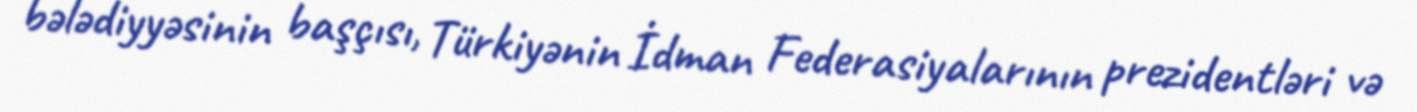
bələdiyyəsinin başçısı, Türkiyənin İdman Federasiyalarının prezidentləri və